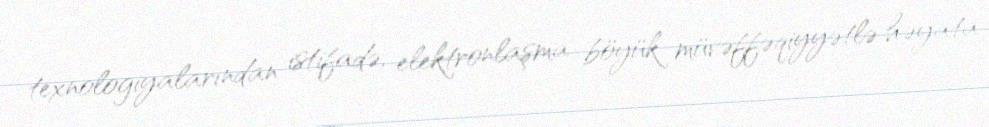
texnologiyalarından istifadə, elektronlaşma böyük müvəffəqiyyətlə həyata